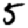
Digit: 5